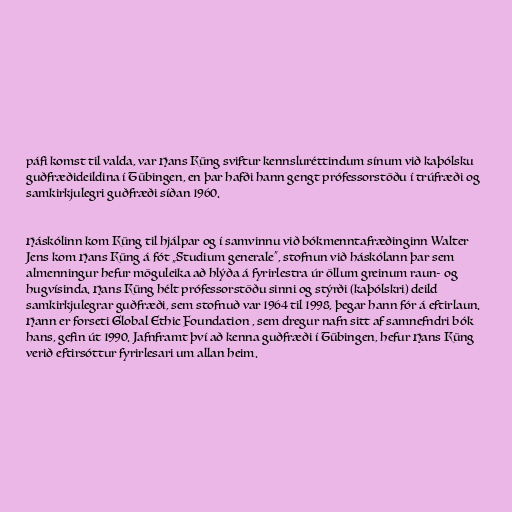
páfi komst til valda, var Hans Küng sviftur kennsluréttindum sínum við kaþólsku
guðfræðideildina í Tübingen, en þar hafði hann gengt prófessorstöðu í trúfræði og
samkirkjulegri guðfræði síðan 1960.

Háskólinn kom Küng til hjálpar og í samvinnu við bókmenntafræðinginn Walter
Jens kom Hans Küng á fót „Studium generale“, stofnun við háskólann þar sem
almenningur hefur möguleika að hlýða á fyrirlestra úr öllum greinum raun- og
hugvísinda. Hans Küng hélt prófessorstöðu sinni og stýrði (kaþólskri) deild
samkirkjulegrar guðfræði, sem stofnuð var 1964 til 1998, þegar hann fór á eftirlaun.
Hann er forseti Global Ethic Foundation , sem dregur nafn sitt af samnefndri bók
hans, gefin út 1990. Jafnframt því að kenna guðfræði í Tübingen, hefur Hans Küng
verið eftirsóttur fyrirlesari um allan heim.